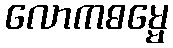
လောကဓမ္မေ